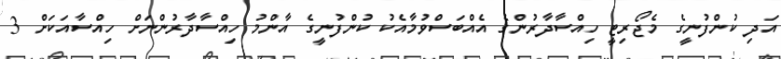
އަދި ކުންފުނީގެ މެޖޯރިޓީ ހިއްސާދާރުންގެ އެއްބަސްވުމާއެކު ކުންފުނީގެ އާންމު ހިއްސާދާރުންނަށް ހިއްސާއަކަށް 3